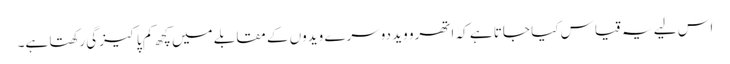
اس لیے یہ قیاس کیا جاتا ہے کہ اتھرو وید دوسرے ویدوں کے مقابلے میں کچھ کم پاکیزگی رکھتا ہے۔